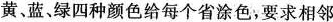
黄，蓝、绿四种颜色给每个省涂色，要求相邻